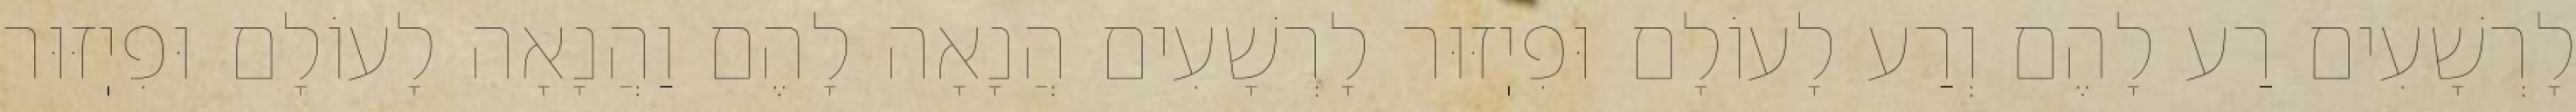
לָרְשָׁעִים רַע לָהֶם וְרַע לָעוֹלָם וּפִיֽזּוּר לָרְשָׁעִים הֲנָאָה לָהֶם וַהֲנָאָה לָעוֹלָם וּפִיֽזּוּר